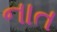
નાત